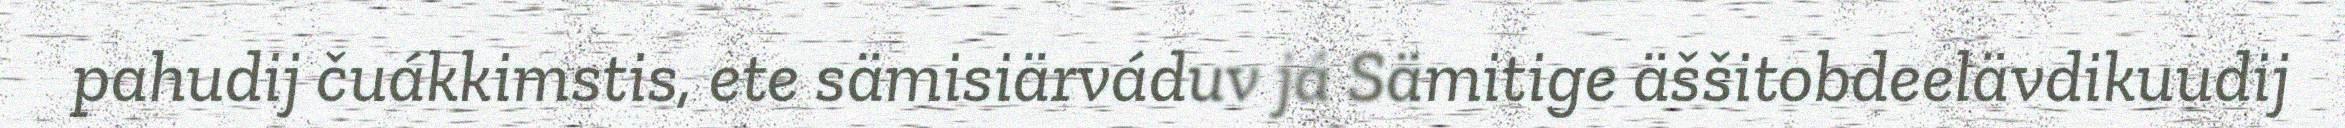
pahudij čuákkimstis, ete sämisiärváduv já Sämitige äššitobdeelävdikuudij